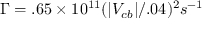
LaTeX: \Gamma = . 6 5 \times 1 0 ^ { 1 1 } ( | V _ { c b } | / . 0 4 ) ^ { 2 } s ^ { - 1 }